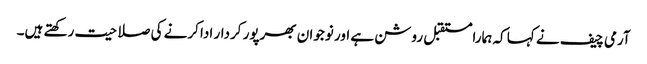
آرمی چیف نے کہا کہ ہمارامستقبل روشن ہے اور نوجوان بھرپور کردار ادا کرنے کی صلاحیت رکھتے ہیں۔